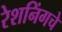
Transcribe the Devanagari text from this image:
रेशनिंगचे